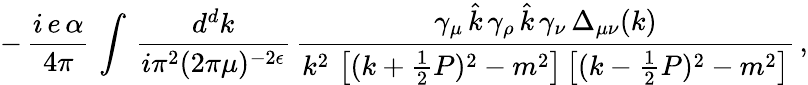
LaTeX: -\, \frac{i\, e\, \alpha}{4\pi}\, \int\, \frac{d^{d}k}{i\pi^{2}(2\pi\mu)^{-2\epsilon}}\, \frac{\gamma_{\mu}\, \hat{k}\, \gamma_{\rho}\, \hat{k}\, \gamma_{\nu}\, \Delta_{\mu\nu}(k)}{k^{2}\, \left[(k+\frac{1}{2}P)^{2}-m^{2}\right]\left[(k-\frac{1}{2}P)^{2}-m^{2}\right]}\, ,